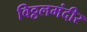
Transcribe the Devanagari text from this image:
विठ्ठलमंदीर